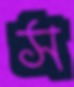
স